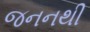
જનનથી